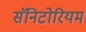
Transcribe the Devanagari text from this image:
सॅनिटोरियम